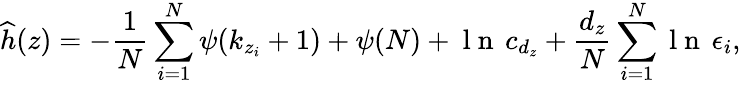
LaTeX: \widehat{h}(z)=-\frac{1}{N}\sum_{i=1}^{N}\psi(k_{z_{i}}+1)+\psi(N)+\mathrm{~l~n~}\, c_{d_{z}}+\frac{d_{z}}{N}\sum_{i=1}^{N}\mathrm{~l~n~}\, \epsilon_{i},